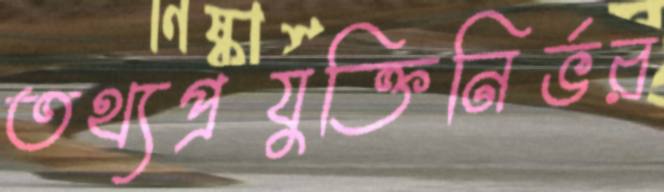
তথ্যপ্রযুক্তিনির্ভর